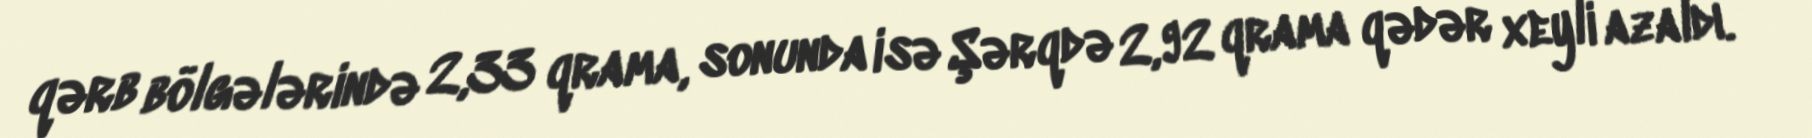
qərb bölgələrində 2,33 qrama, sonunda isə Şərqdə 2,92 qrama qədər xeyli azaldı.